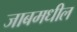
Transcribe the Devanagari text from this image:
जाबमधील